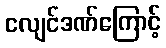
ငလျင်ဒဏ်ကြောင့်